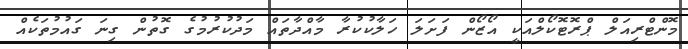
މޮންޓްރިއަލް ޕްރޮޓޮކޯލްއަކީ އޯޒޯން ފަށަލަ ހަލާކުކުރާ މާއްދާތައް މަދުކުރުމުގެ ގޮތުން ގިނަ ގައުމުތަކެއް